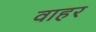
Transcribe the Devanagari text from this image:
वाहर